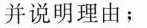
并说明理由；